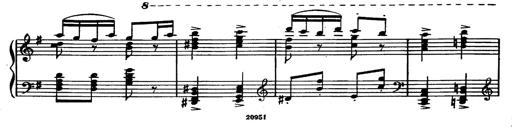
Title: Magyar rapszÃ³diÃ¡k
Composer: Franz Liszt